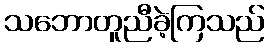
သဘောတူညီခဲ့ကြသည်